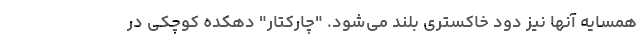
همسایه آنها نیز دود خاکستری بلند می‌شود. "چارکتار" دهکده کوچکی در